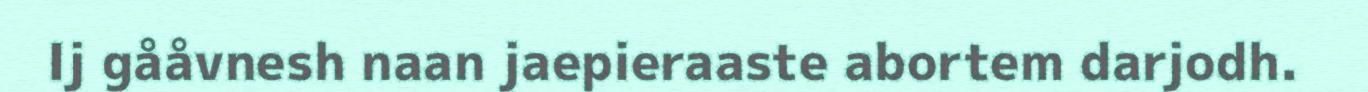
Ij gååvnesh naan jaepieraaste abortem darjodh.